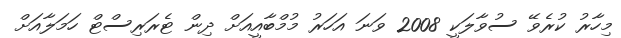
މިހާރު ކުރެވޭ ސުވާލަކީ 2008 ވަނަ އަހަރު މުމްބާއީއަށް ދިން ޓެރަރިސްޓް ހަމަލާއަށް